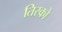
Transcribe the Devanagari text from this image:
तिरको